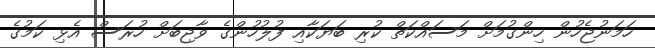
ހަމަނުޖެހުން ހިންގުމަށް މަސައްކަތް ކުރި ބަޔަކާއި ފުލުހުންގެ ވާޖިބަށް ހުރަސް އެޅި ކަމުގެ